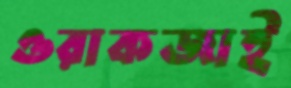
ওরাকজাই